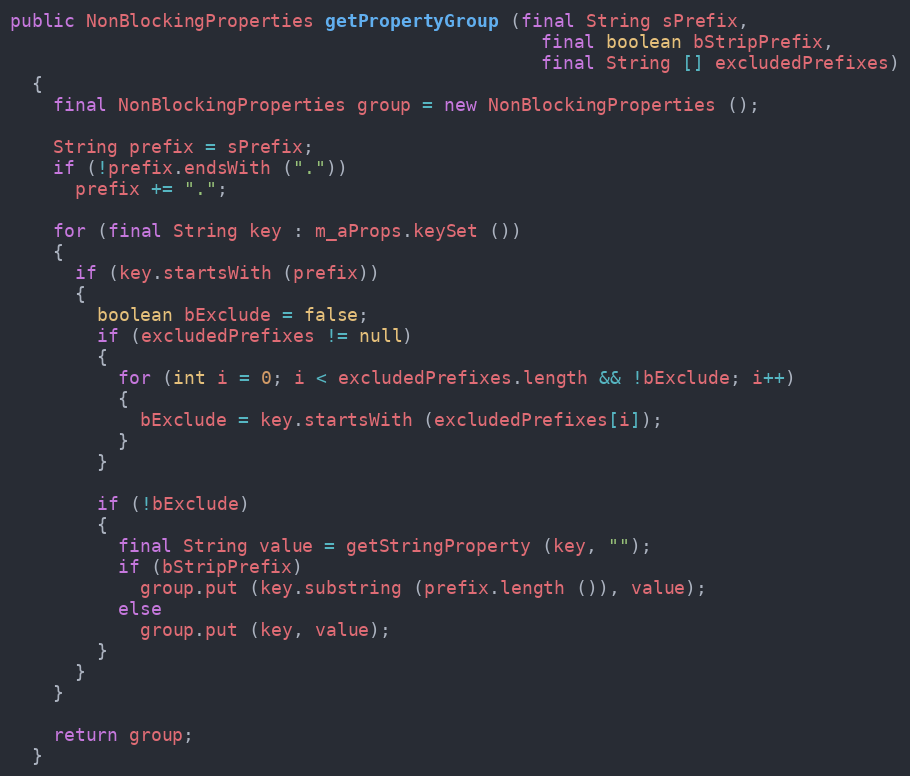
Language: Java
public NonBlockingProperties getPropertyGroup (final String sPrefix,
                                                 final boolean bStripPrefix,
                                                 final String [] excludedPrefixes)
  {
    final NonBlockingProperties group = new NonBlockingProperties ();

    String prefix = sPrefix;
    if (!prefix.endsWith ("."))
      prefix += ".";

    for (final String key : m_aProps.keySet ())
    {
      if (key.startsWith (prefix))
      {
        boolean bExclude = false;
        if (excludedPrefixes != null)
        {
          for (int i = 0; i < excludedPrefixes.length && !bExclude; i++)
          {
            bExclude = key.startsWith (excludedPrefixes[i]);
          }
        }

        if (!bExclude)
        {
          final String value = getStringProperty (key, "");
          if (bStripPrefix)
            group.put (key.substring (prefix.length ()), value);
          else
            group.put (key, value);
        }
      }
    }

    return group;
  }